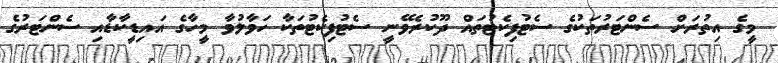
މީގެ އިތުރަށް ސެންޓަރުތަކުގެ ސެޓުފިކެޓުތައް ދޫކުރެވޭނީ ސެޓުފިކެޓުތަކާ ހަވާލުވާ މީހާގެ އައިޑީކާޑާއި ސެންޓަރުގެ